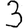
Digit: 3